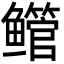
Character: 鳤